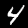
Label: 4